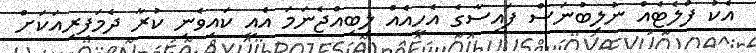
އެކު ފްލެޓެއް ނުލިބުނަސް ފައިސާގެ އެހީއެއް ލިބިއްޖެނަމަ އެއީ ކައިވެނި ކުރާ ދެމަފިރިއަކަށް